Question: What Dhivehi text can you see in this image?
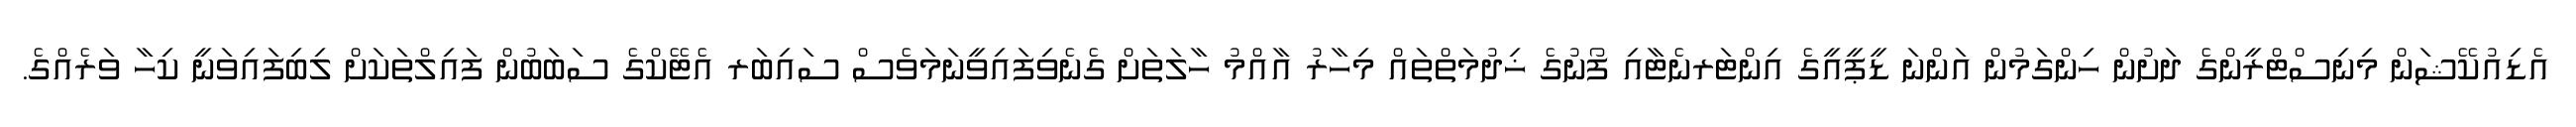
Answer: އެޑިއުކޭޝަން މިނިސްޓްރީންގެ ދަށުން ހިންގަމުން އަންނަ ޑީޕީއީގެ އިންޓަރނެޓާއި ފޯނުގެ ޚިދުމަތްތައް މިހާރު އާއްމު ހާލަތަށް ގެނެވިފައިވީނަމަވެސް ސައިބަރ އެޓޭކްގެ ސަބަބުން ފައިލްތަކަށް ލިބިފައިވަނީ ކިހާ ވަރެއްގެ.